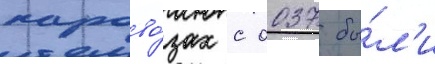
парово́зах с 0037 бы́л'и